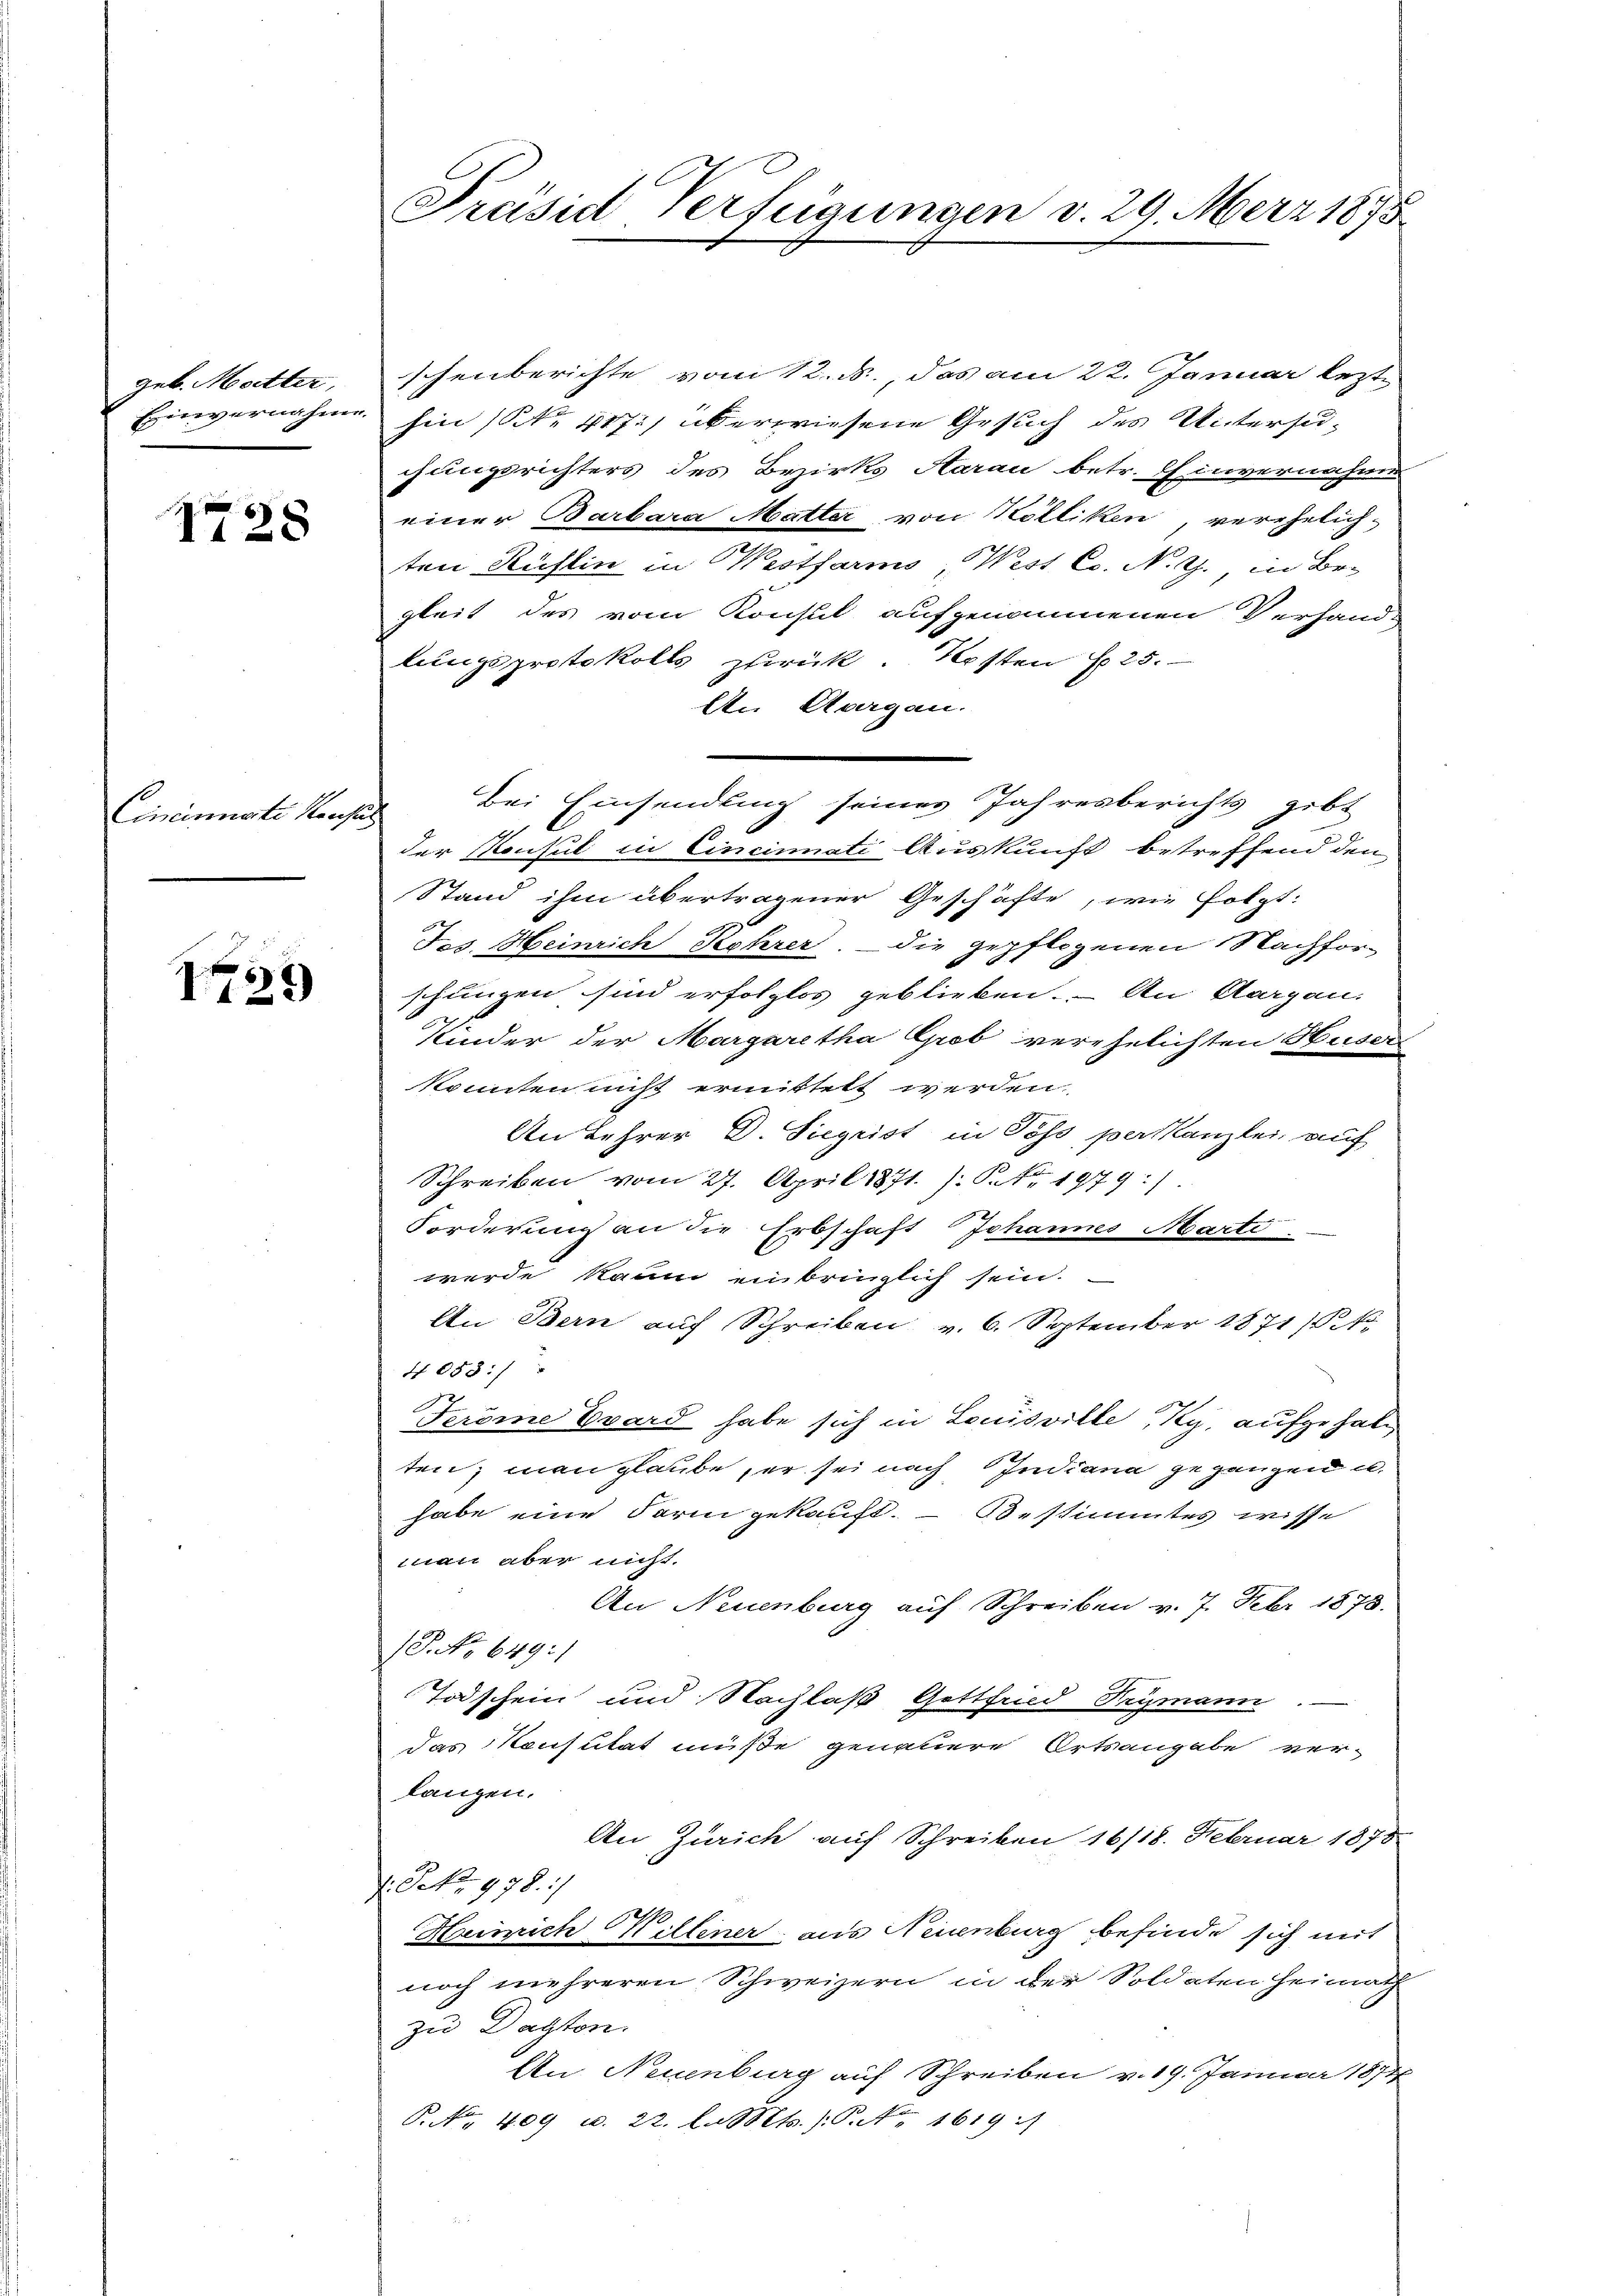
geb. Mutter,
Einvernahme.

1738

Cinciniste Hauses

1759)

schenberichte vom 12. ds., das am 22. Januar lezthin (S. 417.) überwiesene Gesuch des Untersuchungsrichters des Bezirks Aarau betr. Einvernahme
einer Barbara Matter von Kölliken, verehelich-
ten Kühlin in Westfarms, West Co. N. Z. in Be-
gleit des vom Konsul aufgenommenen Verhandlungsprotokolls zurück. Kosten S. 25.
An Aargau.
bei Einsendling seines Jahresberichts gibt
u
der Konsul in Cincinati Auskunft betreffend den
Stand ihm übertragener Geschäfte, wie folgt:
Jos. Heinrich Kehrer, die gepflogenen Nachforschungen sind erfolglos geblieben. – An Aargau.
Kinder der Margaretha Grob verehelichten Husers
könnten nicht ermittelt werden.
An Lehrer D. Siegrist in Poss perskanzlei, auf
Schreiben vom 27. April 1871. Peter 1979:
2)
Forderung an die Erbschaft Johannes Marte.
werde kaum einbringlich sein.
An Bern auf Schreiben v. 6. September 1871 § 1
4 058:/
Feröme Evard habe sich in Louisville, Ky, aufgehalten, man glaube, er sei nach Indiana gegangen u.
habe eine Form gekauft. — Bestimmtes wisse
man aber nicht.
An Neuenburg auf Schreiben v. 7. Febr 1873.
P. No 649:/
Todschein und Nachlaß Gottfrid Frymann. —
das Konsutat müße genauere Ortsangabe verlangen.
An Zürich auf Schreiben 16/18. Februar 1878
. P. 978. 1/
Heinrich Kellener aus Neuenburg befinde sich mit
noch mehreren Schweizern in der Soldaten Heimath
zu Datten.
An Neuenburg auf Schreiben v. 19. Januar 1874
P. Nr. 409 u. 22. l. Mts. (T.Nr. 1619 :/

Präsid Verfügungen v. 29. März 1875